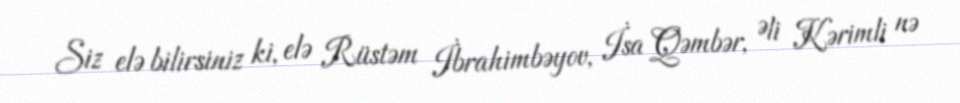
Siz elə bilirsiniz ki, elə Rüstəm İbrahimbəyov, İsa Qəmbər, Əli Kərimli nə